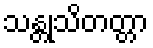
သန္တုသိတတ္တာ